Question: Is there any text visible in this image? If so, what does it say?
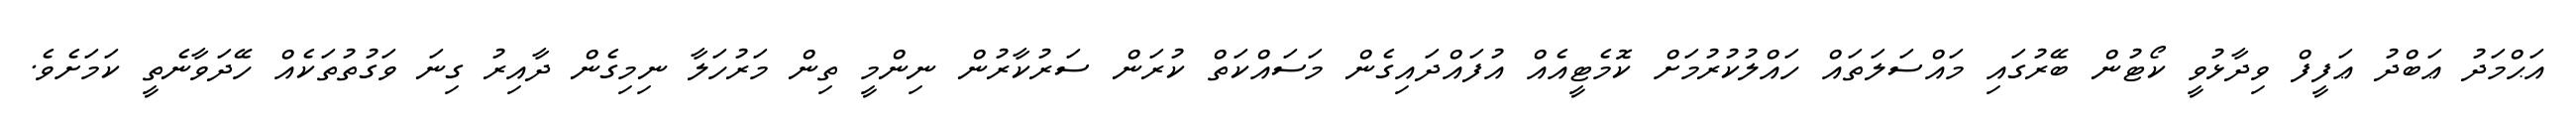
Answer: އަޙްމަދު ޢަބްދު ޢަފީފް ވިދާޅުވީ ކޯޓުން ބޭރުގައި މައްސަލަތައް ހައްލުކުރުމަށް ކޮމެޓީއެއް އުފައްދައިގެން މަސައްކަތް ކުރަން ސަރުކާރުން ނިންމީ ތިން މަރުހަލާ ނިމިގެން ދާއިރު ގިނަ ވަގުތުތަކެއް ހޭދަވާނެތީ ކަމަށެވެ.